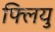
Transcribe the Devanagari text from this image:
फ्लियु